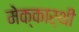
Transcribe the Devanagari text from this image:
मेक्कार्थी